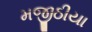
મજીઠીયા